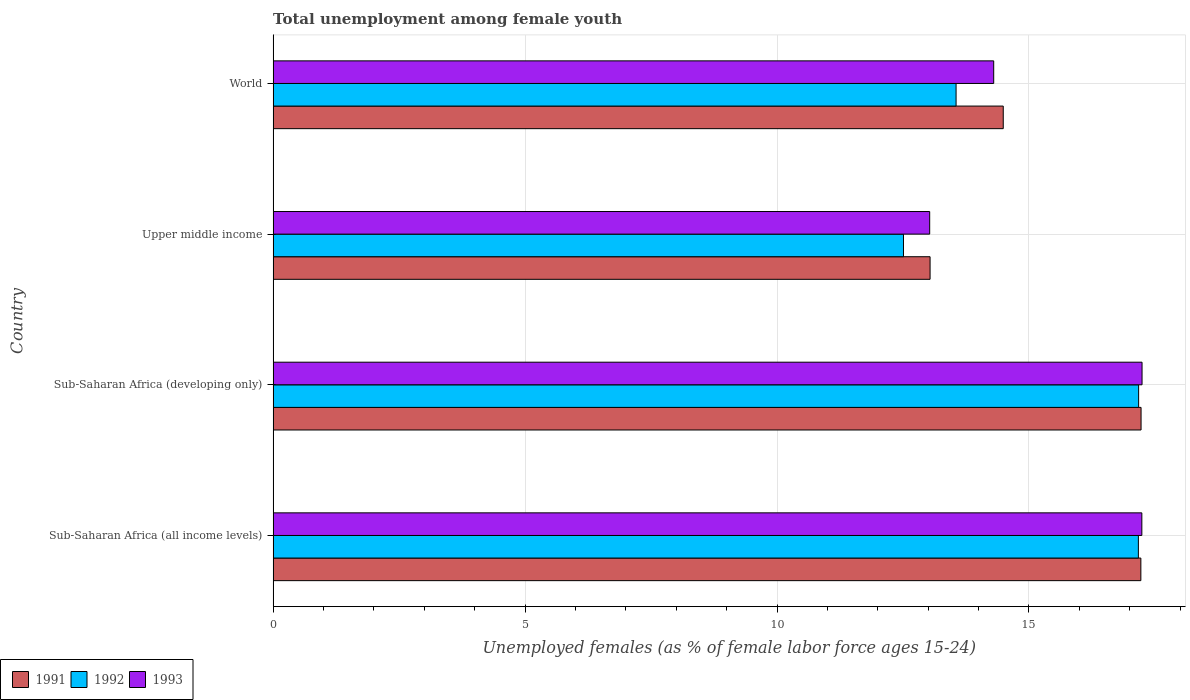
| Country | 1991 | 1992 | 1993 |
 | --- | --- | --- | --- |
 | Sub-Saharan Africa (all income levels) | 17.2 | 17.2 | 17.2 |
 | Sub-Saharan Africa (developing only) | 17.2 | 17.2 | 17.2 |
 | Upper middle income | 13 | 12.5 | 13 |
 | World | 14.5 | 13.6 | 14.3 |